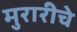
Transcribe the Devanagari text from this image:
मुरारीचे